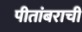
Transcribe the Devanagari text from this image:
पीतांबराची